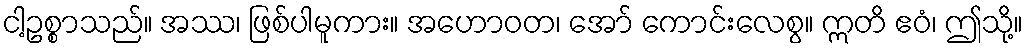
ငါ့ဥစ္စာသည်။ အဿ၊ ဖြစ်ပါမူကား။ အဟောဝတ၊ အော် ကောင်းလေစွ။ ဣတိ ဧဝံ၊ ဤသို့။